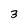
Character: 3